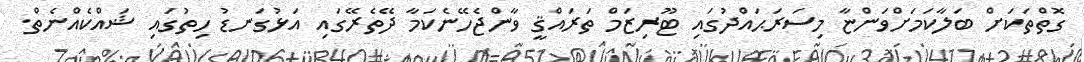
ގޮތްތަކަށް ބަލާކަމަށްވަންޏާ މިސަރަޙައްދުގައި ޓޫރިޒަމް ތަރައްޤީ ވާންޖެހޭނެކަމާ ދޭތެރޭގައި އަޅުގަނޑު ހިތުގައި ޝައްކެއްނެތް.